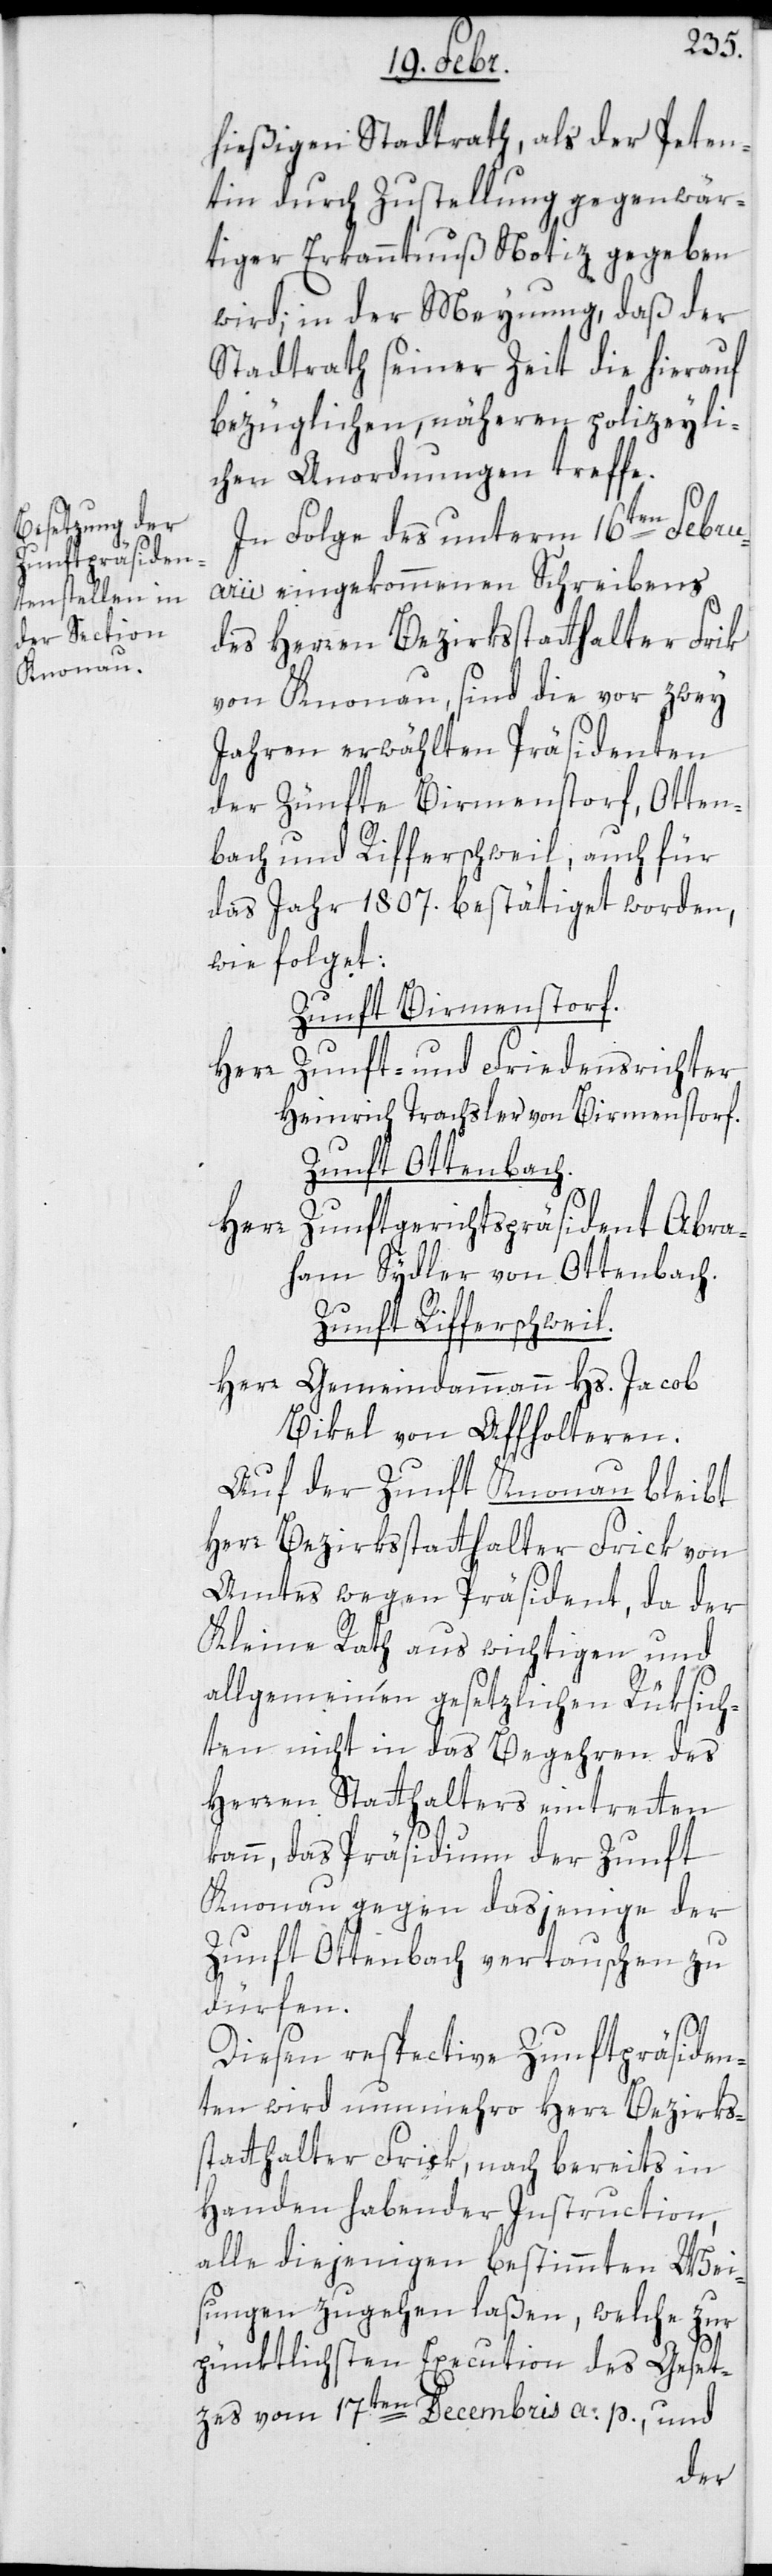
hießigen Stadtrat, als der Peten¬
tin durch Zustellung gegenwär¬
tiger Erkanntnuß Notiz gegenen
wird; in der Meynung, daß der
Stadtrath seiner Zeit die hierauf
bezüglichen, näheren Polizeyli¬
chen Anordnungen treffe.
In Folge des unterm 16ten Febru¬
arii eingekommenen Schreibens
des Herren Bezirksstatthalter Frik
von Knonau, sind die vor zwey
Jahren erwählten Präsidenten
der Zünfte Birmenstorf, Otten¬
ach und Rifferschweil, auch für
das Jahr 1807. bestätiget worden,
wie folget:
Zunft Birmensdorf.
Herr Zunft- und Friedensrichter
Heinrich Trachsler von Birmenstorf.
Zunft Ottenbach.
Herr
Zunftgerichtspräsident Abra¬
ham Sydler von Ottenbach.
Zunft Rifferswil.
Herr Gemeindammann Hs. Jacob
Bikel von Affoltern.
Auf der Zunft Knonau bleibt
Herr Bezirksstatthalter Frick von
Amtes wegen Präsident, da der
Kleine Rath aus wichtigen und
allgemeinen gesetzlichen Rüksich¬
ten nicht in das Begehren des
Herren Statthalters eintreten
kann, das Präsidium der Zunft
Knonau gegen dasjenige der
Zunft Ottenbach vertauschen zu
dürfen.
Diesen respective Zunftpräsiden¬
ten wird nunmehro Herr Bezirks¬
statthalter Frick, nach bereits in
Handen habender Instruction,
alle diejenigen bestimmten Weis¬
ungen zugehen laßen, welche zur
pünktlichsten Execution des Geset¬
zes vom 17ten Decembris a. p. und